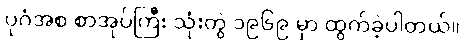
ပုဂံအစ စာအုပ်ကြီး သုံးတွဲ ၁၉၆၉ မှာ ထွက်ခဲ့ပါတယ်။